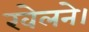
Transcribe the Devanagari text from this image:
खेलने।